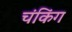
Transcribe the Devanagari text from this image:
चंकिंग